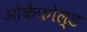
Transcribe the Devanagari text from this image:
ओकेंफोल्ड